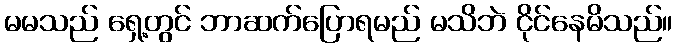
မမသည် ရှေ့တွင် ဘာဆက်ပြောရမည် မသိဘဲ ငိုင်နေမိသည်။